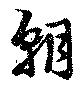
朝